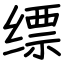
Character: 缥